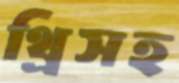
থ্রিসহ